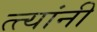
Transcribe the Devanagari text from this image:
त्त्यांनी